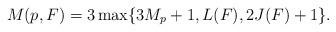
LaTeX: \begin{align*}M(p,F) = 3\max\{3M_p +1,L(F), 2J(F)+1\}.\end{align*}